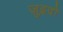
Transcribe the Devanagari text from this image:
ज़ुइदो